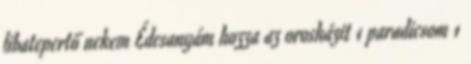
libatepertő nekem Édesanyám hozza az orosházit 1 paradicsom 1